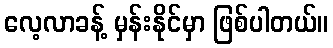
လေ့လာခန့် မှန်းနိုင်မှာ ဖြစ်ပါတယ်။